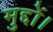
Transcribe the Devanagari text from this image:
मुद्दों।